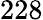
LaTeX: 228